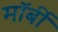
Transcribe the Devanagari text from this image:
मॉर्बी